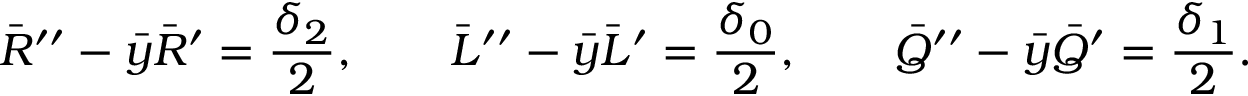
\bar { R } ^ { \prime \prime } - \bar { y } \bar { R } ^ { \prime } = \frac { \delta _ { 2 } } { 2 } , \qquad \bar { L } ^ { \prime \prime } - \bar { y } \bar { L } ^ { \prime } = \frac { \delta _ { 0 } } { 2 } , \qquad \bar { Q } ^ { \prime \prime } - \bar { y } \bar { Q } ^ { \prime } = \frac { \delta _ { 1 } } { 2 } .